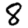
Digit: 8